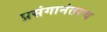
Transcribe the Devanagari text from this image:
प्रसंगानंतरच